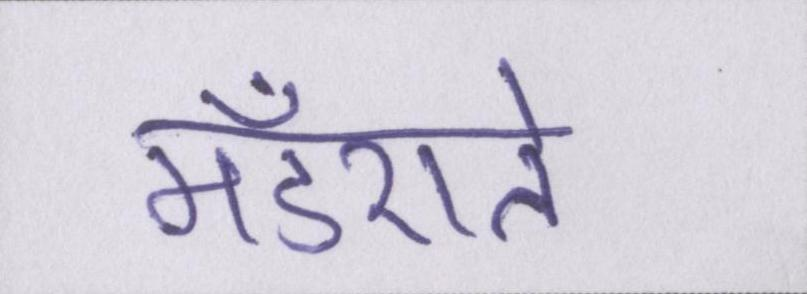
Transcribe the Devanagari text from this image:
मँडराते